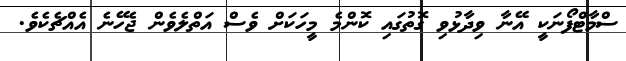
ސްމާޓްފޯނަކީ އޭނާ ވިދާޅުވި ގޮތުގައި ކޮޮންމެ މީހަކަށް ވެސް އަތްލެވެން ޖެހޭނެ އެއްޗެކެވެ.